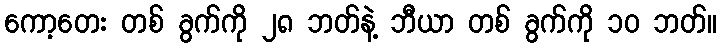
ကော့တေး တစ် ခွက်ကို ၂၈ ဘတ်နဲ့ ဘီယာ တစ် ခွက်ကို ၁၀ ဘတ်။